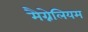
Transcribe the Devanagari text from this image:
मैग्नेलियम